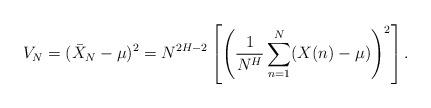
LaTeX: \begin{align*}V_N= (\bar{X}_N-\mu)^2=N^{2H-2}\left[ \left( \frac{1}{N^{H}}\sum_{n=1}^N (X(n)-\mu)\right)^2\right].\end{align*}